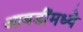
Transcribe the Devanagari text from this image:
आवडींमध्ये